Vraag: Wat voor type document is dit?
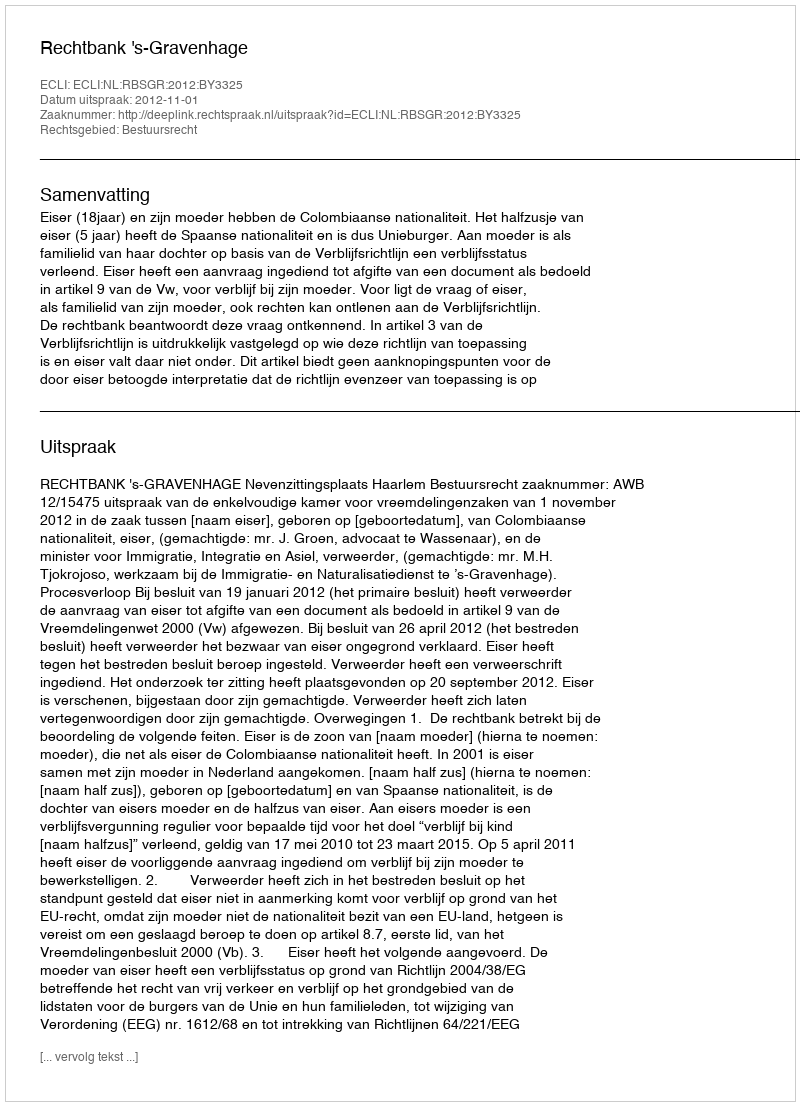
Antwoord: Uitspraak